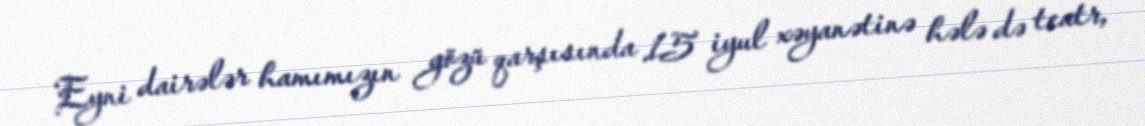
Eyni dairələr hamımızın gözü qarşısında 15 iyul xəyanətinə hələ də teatr,